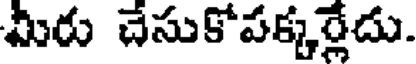
మీరు చేసుకోపక్కర్లేదు.